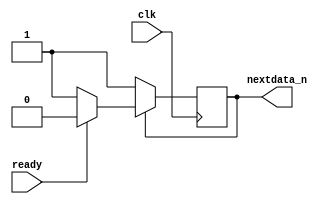
module provide_signal_nextdata(clk, ready, nextdata_n);
	input clk;
	input ready;
	output reg nextdata_n;
	always @ (posedge clk) begin
		if(nextdata_n == 0) nextdata_n <= 1;
		else if(ready) nextdata_n <= 0;
	end
endmodule